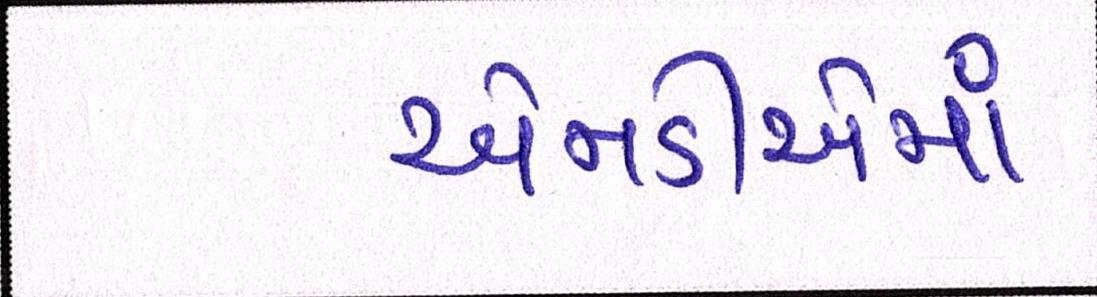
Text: એનડીએમાં